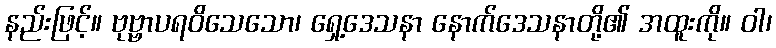
နည်းဖြင့်။ ဗုဗ္ဗာပရဝိသေသော၊ ရှေ့ဒေသနာ နောက်ဒေသနာတို့၏ အထူးကို။ ဝါ၊